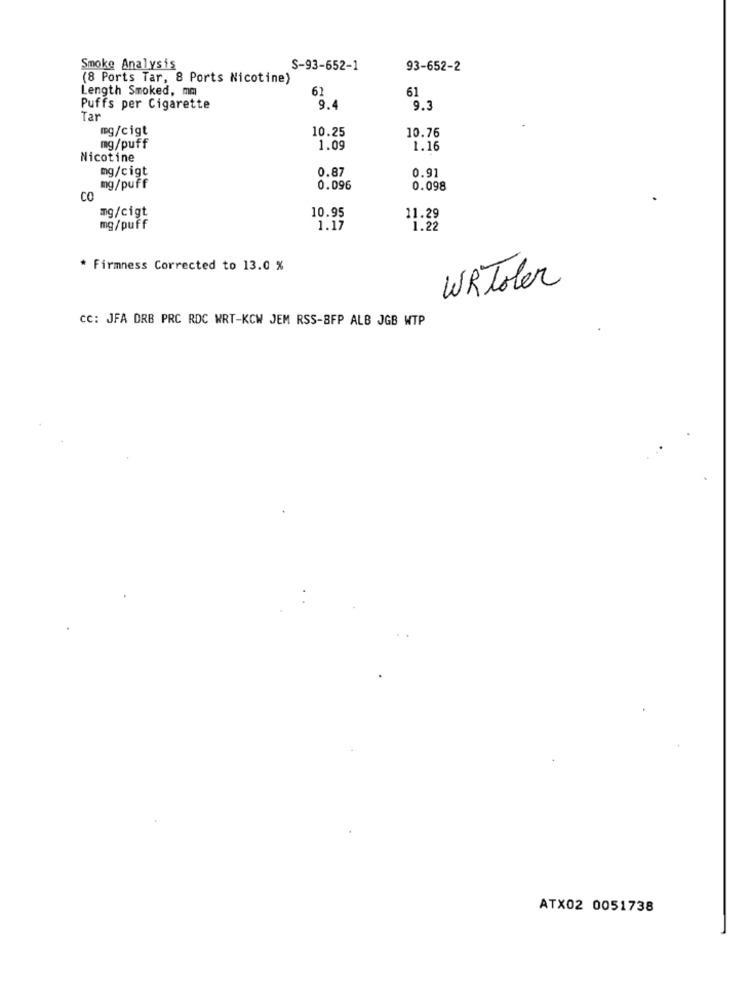
Smoke Analysis
S-93-652-1
93-652-2
(8 Ports Tar, 8 Ports Nicotine)
Length Smoked, mm
61
Puffs per Cigarette
9.4
9.3
Tar
mg/cigt
10.25
10.76
mg/puff
1.09
1.16
Nicotine
mg/cigt
0.87
0.91
mg/puff
0.096
0.098
CO
mg/cigt
10.95
11.29
mg/puff
1.17
1.22
* Firmness Corrected to 13.0 %
WRToler
cc: JFA DRB PRC RDC WRT-KCW JEM RSS-BFP ALB JGB WTP
ATX02 0051738